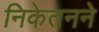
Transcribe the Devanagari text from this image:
निकेतनने